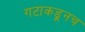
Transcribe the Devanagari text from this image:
गटाकडूनच